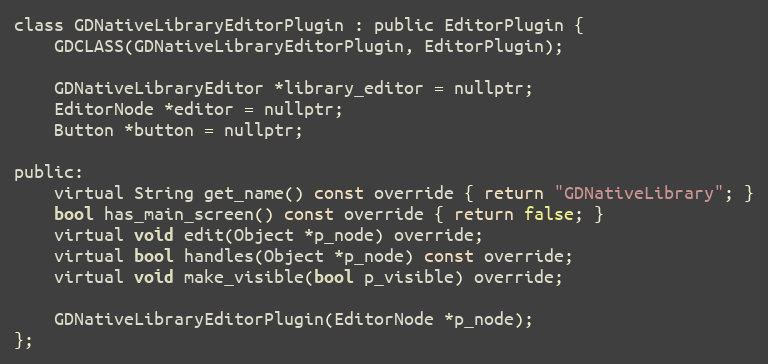
Language: C
class GDNativeLibraryEditorPlugin : public EditorPlugin {
	GDCLASS(GDNativeLibraryEditorPlugin, EditorPlugin);

	GDNativeLibraryEditor *library_editor = nullptr;
	EditorNode *editor = nullptr;
	Button *button = nullptr;

public:
	virtual String get_name() const override { return "GDNativeLibrary"; }
	bool has_main_screen() const override { return false; }
	virtual void edit(Object *p_node) override;
	virtual bool handles(Object *p_node) const override;
	virtual void make_visible(bool p_visible) override;

	GDNativeLibraryEditorPlugin(EditorNode *p_node);
};